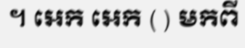
។ អេក អេក ( ) មកពី